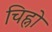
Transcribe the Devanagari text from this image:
चिह्नो